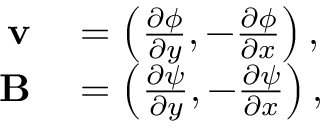
\begin{array} { r l } { \mathbf { v } } & { { } = \left( \frac { \partial \phi } { \partial y } , - \frac { \partial \phi } { \partial x } \right) , } \\ { \mathbf { B } } & { { } = \left( \frac { \partial \psi } { \partial y } , - \frac { \partial \psi } { \partial x } \right) , } \end{array}